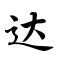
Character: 达